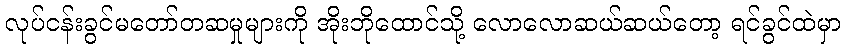
လုပ်ငန်းခွင်မတော်တဆမှုများကို အိုးဘိုထောင်သို့ လောလောဆယ်ဆယ်တော့ ရင်ခွင်ထဲမှာ